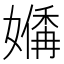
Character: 𪦣